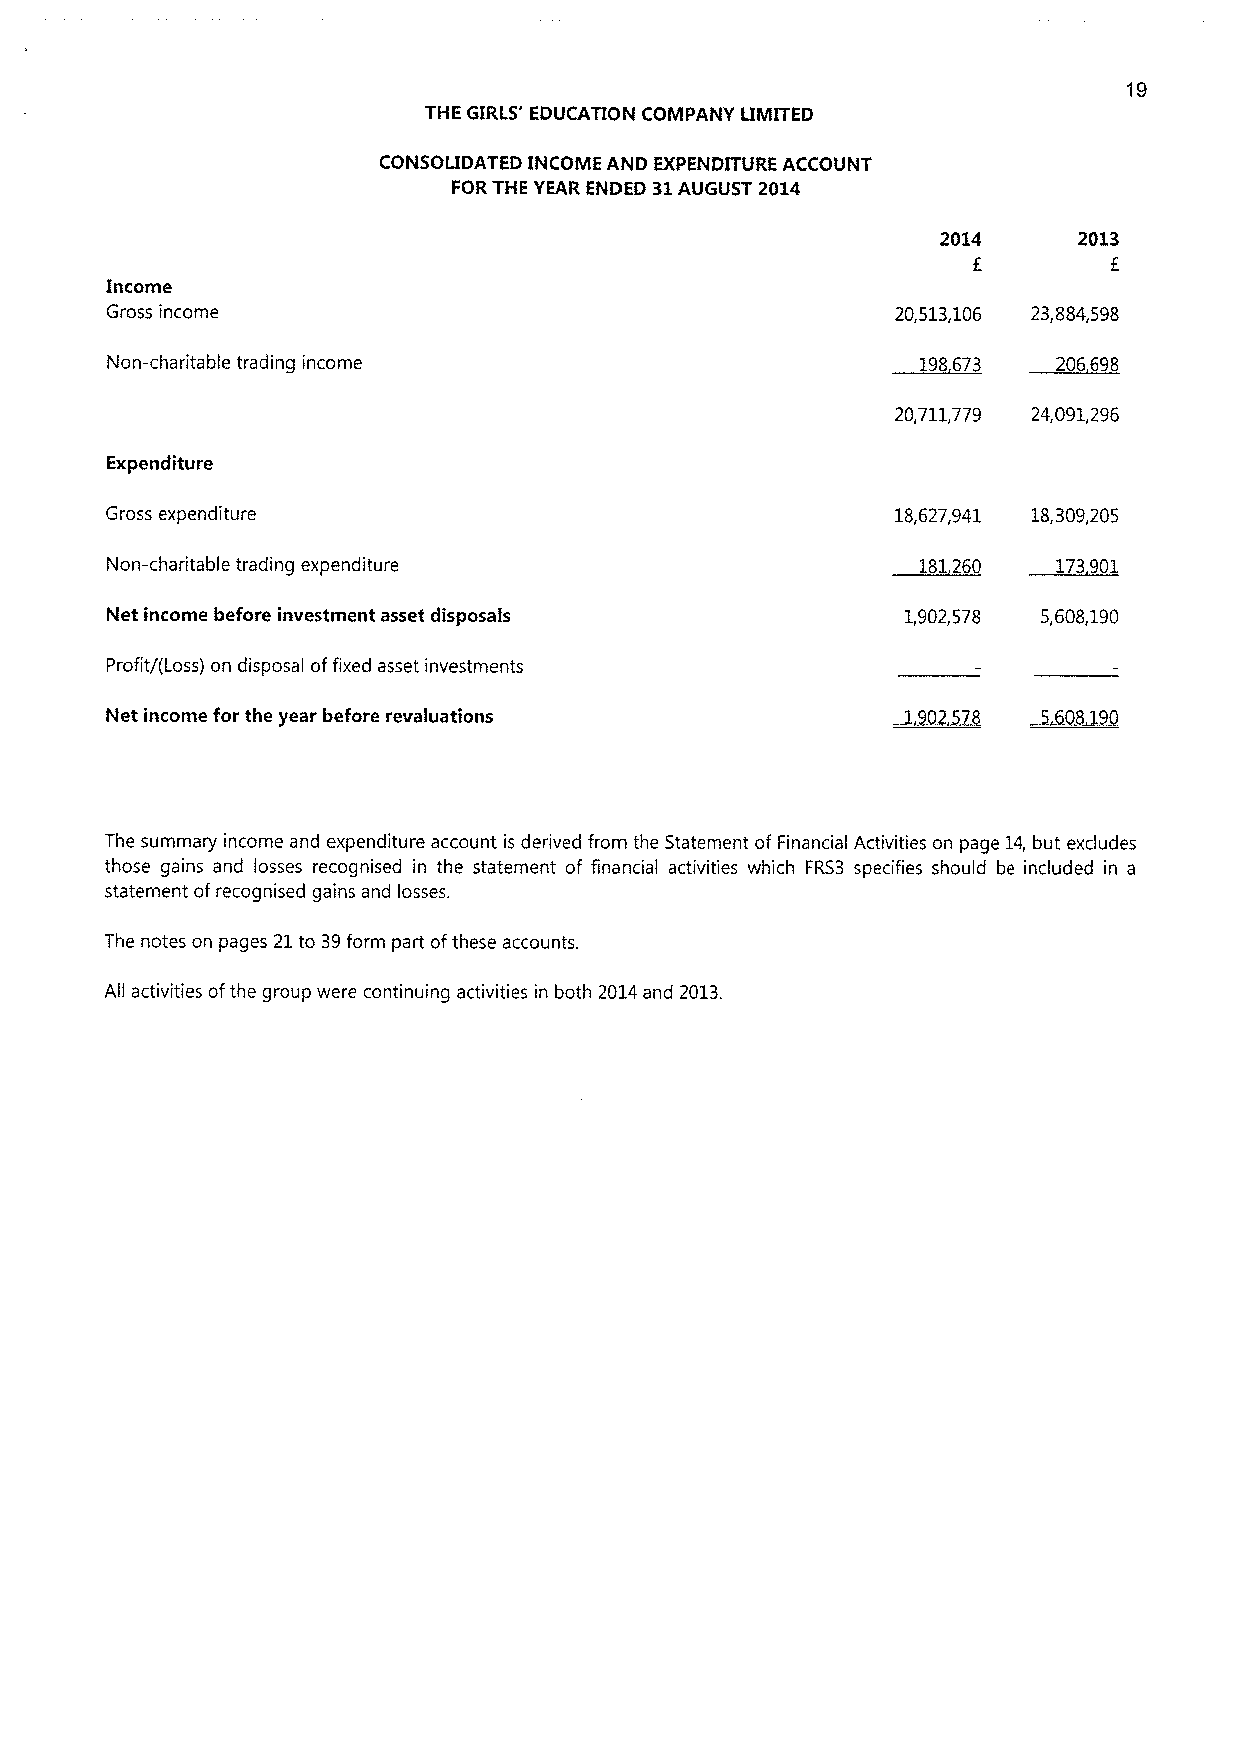
19
 THE GIRLS' EDUCATION COMPANY LIMITED
 CONSOLIDATED INCOME AND EXPENDITURE ACCOUNT
 FORTHE YEAR ENDED 31AUGUST 2014
 2014     2013
 f        f
 Income
 Gross income                                        20,513,106 23,884,598
 Non-charitable trading income                         198673   206698
 20,711,779 24,091,296
 Expenditure
 Gross expenditure                                   18,627,941 18,309,205
 Non-charitable trading expenditure                    181260   173901
 Net income before investment asset disposals         1,902,578 5,608,190
 Profit/(Loss) on disposal offixed asset investments
 Net income for the year before revaluations
 The summary income and expenditure account is derived from the Statement of Financial Activities on page 14, but excludes
 those gains and losses recognised in the statement of financial activities which FRS3 specifies should be included in a
 statement ofrecognised gains and losses.
 The notes on pages 21to 39form part ofthese accounts.
 All activities ofthe group were continuing activities in both 2014and 2013.